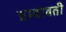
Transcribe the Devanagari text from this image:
चम्पावती